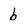
Character: b